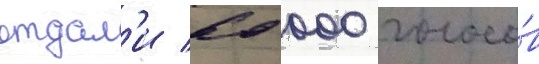
отдал'и 60 000 голосо́в